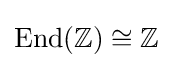
\operatorname {End} (\mathbb {Z} )\cong \mathbb {Z}